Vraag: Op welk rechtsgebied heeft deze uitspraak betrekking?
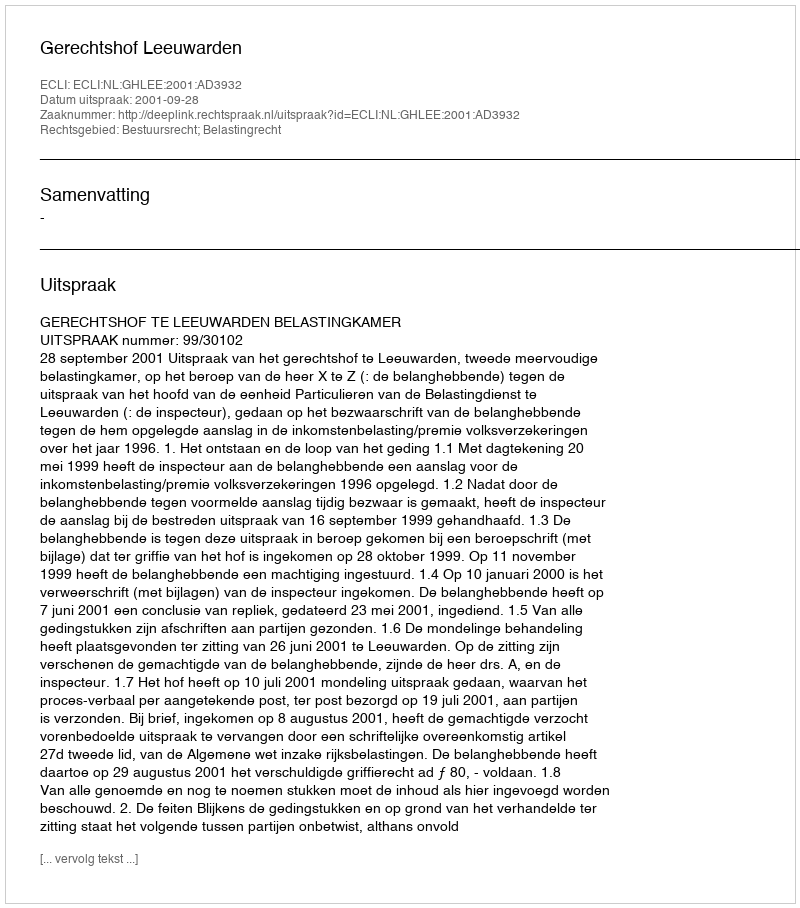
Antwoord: Bestuursrecht; Belastingrecht